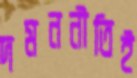
দমননীতিই